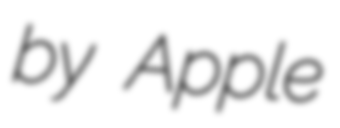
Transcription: by Apple